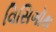
વિસિગૉથ